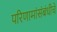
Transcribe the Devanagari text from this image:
परिणामांसंबंधीचे